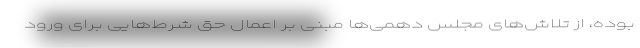
بوده، از تلاش‌های مجلس دهمی‌ها مبنی بر اعمال حق شرط‌هایی برای ورود